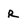
Character: r